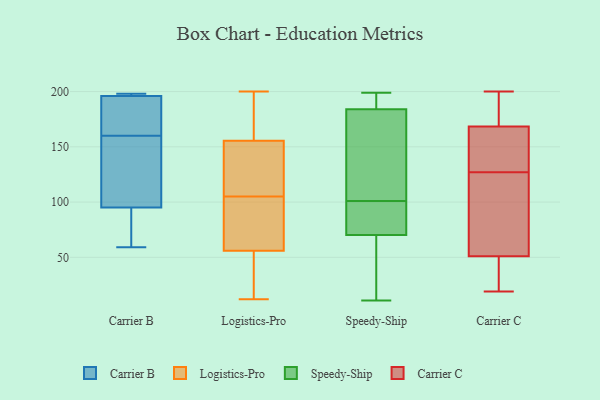
{"axis": {"x": "Waste Production (Tons)", "y": "Value"}, "legend": ["Carrier B", "Carrier C", "Logistics-Pro", "Speedy-Ship"], "data": [{"x": "", "y": 172, "type": "Carrier B"}, {"x": "", "y": 104, "type": "Carrier B"}, {"x": "", "y": 163, "type": "Carrier B"}, {"x": "", "y": 196, "type": "Carrier B"}, {"x": "", "y": 198, "type": "Carrier B"}, {"x": "", "y": 197, "type": "Carrier B"}, {"x": "", "y": 95, "type": "Carrier B"}, {"x": "", "y": 68, "type": "Carrier B"}, {"x": "", "y": 59, "type": "Carrier B"}, {"x": "", "y": 157, "type": "Carrier B"}, {"x": "", "y": 151, "type": "Logistics-Pro"}, {"x": "", "y": 75, "type": "Logistics-Pro"}, {"x": "", "y": 52, "type": "Logistics-Pro"}, {"x": "", "y": 118, "type": "Logistics-Pro"}, {"x": "", "y": 112, "type": "Logistics-Pro"}, {"x": "", "y": 19, "type": "Logistics-Pro"}, {"x": "", "y": 189, "type": "Logistics-Pro"}, {"x": "", "y": 158, "type": "Logistics-Pro"}, {"x": "", "y": 192, "type": "Logistics-Pro"}, {"x": "", "y": 200, "type": "Logistics-Pro"}, {"x": "", "y": 157, "type": "Logistics-Pro"}, {"x": "", "y": 150, "type": "Logistics-Pro"}, {"x": "", "y": 12, "type": "Logistics-Pro"}, {"x": "", "y": 47, "type": "Logistics-Pro"}, {"x": "", "y": 89, "type": "Logistics-Pro"}, {"x": "", "y": 105, "type": "Logistics-Pro"}, {"x": "", "y": 40, "type": "Logistics-Pro"}, {"x": "", "y": 68, "type": "Logistics-Pro"}, {"x": "", "y": 69, "type": "Logistics-Pro"}, {"x": "", "y": 71, "type": "Speedy-Ship"}, {"x": "", "y": 175, "type": "Speedy-Ship"}, {"x": "", "y": 101, "type": "Speedy-Ship"}, {"x": "", "y": 153, "type": "Speedy-Ship"}, {"x": "", "y": 88, "type": "Speedy-Ship"}, {"x": "", "y": 19, "type": "Speedy-Ship"}, {"x": "", "y": 82, "type": "Speedy-Ship"}, {"x": "", "y": 127, "type": "Speedy-Ship"}, {"x": "", "y": 68, "type": "Speedy-Ship"}, {"x": "", "y": 182, "type": "Speedy-Ship"}, {"x": "", "y": 199, "type": "Speedy-Ship"}, {"x": "", "y": 196, "type": "Speedy-Ship"}, {"x": "", "y": 74, "type": "Speedy-Ship"}, {"x": "", "y": 196, "type": "Speedy-Ship"}, {"x": "", "y": 31, "type": "Speedy-Ship"}, {"x": "", "y": 11, "type": "Speedy-Ship"}, {"x": "", "y": 190, "type": "Speedy-Ship"}, {"x": "", "y": 19, "type": "Carrier C"}, {"x": "", "y": 29, "type": "Carrier C"}, {"x": "", "y": 158, "type": "Carrier C"}, {"x": "", "y": 200, "type": "Carrier C"}, {"x": "", "y": 106, "type": "Carrier C"}, {"x": "", "y": 48, "type": "Carrier C"}, {"x": "", "y": 172, "type": "Carrier C"}, {"x": "", "y": 69, "type": "Carrier C"}, {"x": "", "y": 194, "type": "Carrier C"}, {"x": "", "y": 184, "type": "Carrier C"}, {"x": "", "y": 51, "type": "Carrier C"}, {"x": "", "y": 127, "type": "Carrier C"}, {"x": "", "y": 128, "type": "Carrier C"}, {"x": "", "y": 51, "type": "Carrier C"}, {"x": "", "y": 138, "type": "Carrier C"}]}